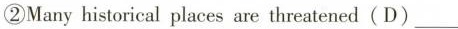
②Many historical places are threatened(D)___